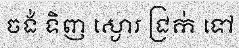
ចង់ ទិញ ស្ងោរ ជ្រក់ ទៅ